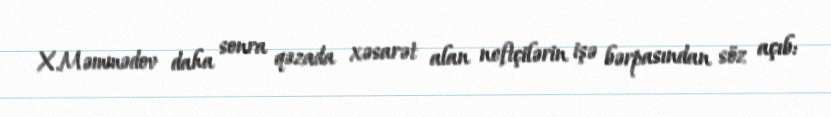
X.Məmmədov daha sonra qəzada xəsarət alan neftçilərin işə bərpasından söz açıb: